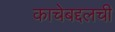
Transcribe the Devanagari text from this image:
काचेबद्दलची